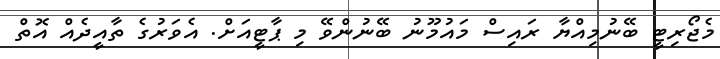
މެޖޯރިޓީ ބޭނުމިއްޔާ ރައިސް މައުމޫނު ބޭނުންވޭ މި ޕާޓީއަށް. އެވަރުގެ ތާއީދެއް އޮތް